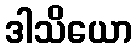
ဒါသိယော